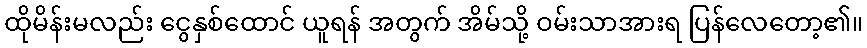
ထိုမိန်းမလည်း ငွေနှစ်ထောင် ယူရန် အတွက် အိမ်သို့ ဝမ်းသာအားရ ပြန်လေတော့၏။